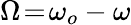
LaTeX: \Omega\! =\! \omega_{o}-\omega